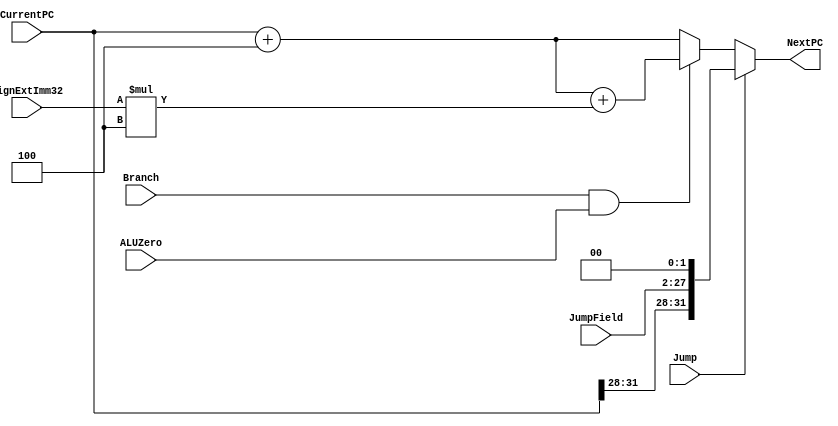
`timescale 1ns / 1ps

module NextPClogic(NextPC, CurrentPC, JumpField,SignExtImm32, Branch, ALUZero, Jump);
output reg [31:0] NextPC;
input [31:0] CurrentPC;
input [25:0] JumpField;
input [31:0] SignExtImm32;
input Branch;
input ALUZero;
input Jump;
reg [27:0]temp;
//different if statements for jump, branch, and the last is for the normal pc advance
always@(*) begin
if(Jump==1'b1) begin
	 temp=JumpField<<2;
	  NextPC<= #2 {CurrentPC[31:28],temp[27:0]}; //delay of 2 to shift and the if statement
	end
else if(Branch==1'b1 && ALUZero==1'b1) begin //delay of 4 because of addition and if statement and shift
	  NextPC<=#4 CurrentPC+4+SignExtImm32*4; //need to multiply by 4 to align it with the word then add
	end
else begin //delay of 2 because of addition and if statement
	  NextPC<= #2 CurrentPC+4; //set PC to PC+4
	end
	end
endmodule